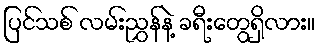
ပြင်သစ် လမ်းညွှန်နဲ့ ခရီးတွေရှိလား။